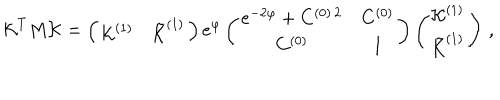
{ \cal K } ^ { T } M { \cal K } = \left( \begin{array} { c c } { { { \cal K } ^ { ( 1 ) } } } & { { { \tilde { \cal K } } ^ { ( 1 ) } } } \\ \end{array} \right) e ^ { \varphi } \left( \begin{array} { c c } { { e ^ { - 2 \varphi } + C ^ { ( 0 ) \, 2 } } } & { { C ^ { ( 0 ) } } } \\ { { C ^ { ( 0 ) } } } & { { 1 } } \\ \end{array} \right) \left( \begin{array} { c } { { { \cal K } ^ { ( 1 ) } } } \\ { { { \tilde { \cal K } } ^ { ( 1 ) } } } \\ \end{array} \right) \, ,